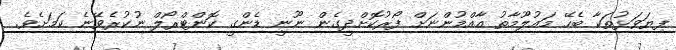
ފިޔަވަޅުތަކާ ބެހޭ މައުލޫމާތު އާއްމުންނަށް ފޯރުކޮށްދީގެން ނޫނީ ޑެންގީ ކޮންޓްރޯލް ނުކުރެވޭނެ ކަމަށެވެ.